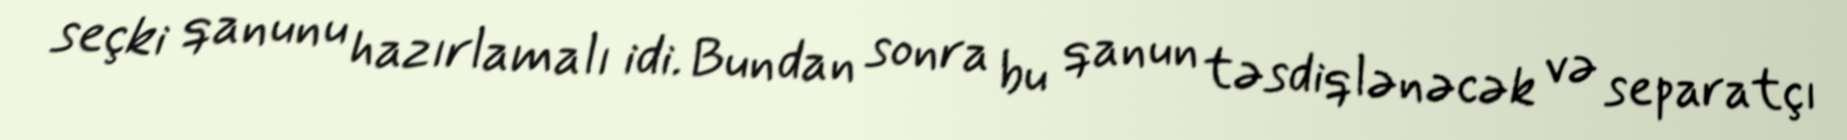
seçki qanunu hazırlamalı idi. Bundan sonra bu qanun təsdiqlənəcək və separatçı